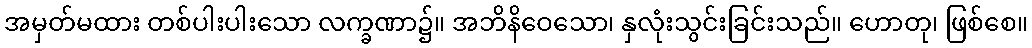
အမှတ်မထား တစ်ပါးပါးသော လက္ခဏာ၌။ အဘိနိဝေသော၊ နှလုံးသွင်းခြင်းသည်။ ဟောတု၊ ဖြစ်စေ။